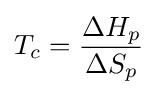
T_{c}={\frac {\Delta H_{p}}{\Delta S_{p}}}